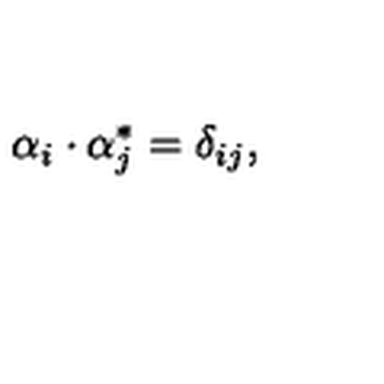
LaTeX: \alpha _ { i } \cdot \alpha _ { j } ^ { * } = \delta _ { i j } ,